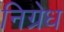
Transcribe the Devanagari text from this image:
निग्रेध